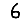
Digit: 6